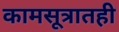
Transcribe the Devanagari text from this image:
कामसूत्रातही